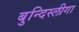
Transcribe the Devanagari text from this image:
बुन्दिस्लीगा